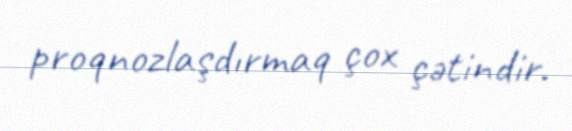
proqnozlaşdırmaq çox çətindir.